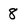
Character: 8